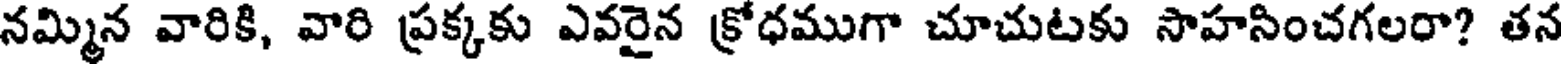
నమ్మిన వారికి, వారి ప్రక్కకు ఎవరైన క్రోధముగా చూచుటకు సాహసించగలరా? తన